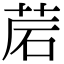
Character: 𦯰